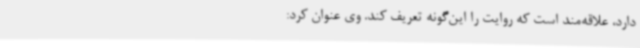
دارد، علاقه‌مند است که روایت را این‌گونه تعریف کند. وی عنوان کرد: